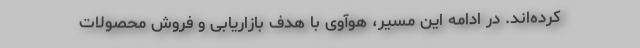
کرده‌اند. در ادامه این مسیر، هوآوی با هدف بازاریابی و فروش محصولات